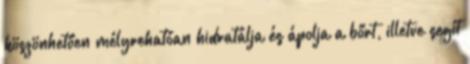
köszönhetően mélyrehatóan hidratálja és ápolja a bőrt, illetve segít